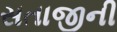
સતાજીની